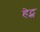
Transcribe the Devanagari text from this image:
हेट्स